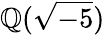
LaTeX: \mathbb{Q}({\sqrt{-5}})